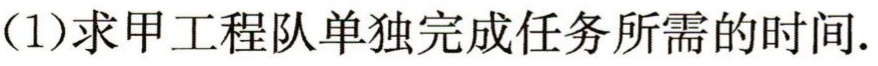
（1）求甲工程队单独完成任务所需的时间.